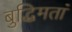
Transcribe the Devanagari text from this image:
बुद्धिमतां